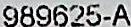
989625-A